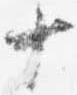
十